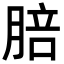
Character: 䏽